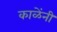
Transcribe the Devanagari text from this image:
काळेंनी